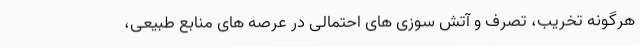
هرگونه تخریب، تصرف و آتش سوزی های احتمالی در عرصه های منابع طبیعی،